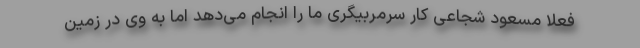
فعلا مسعود شجاعی کار سرمربیگری ما را انجام می‌دهد اما به وی در زمین